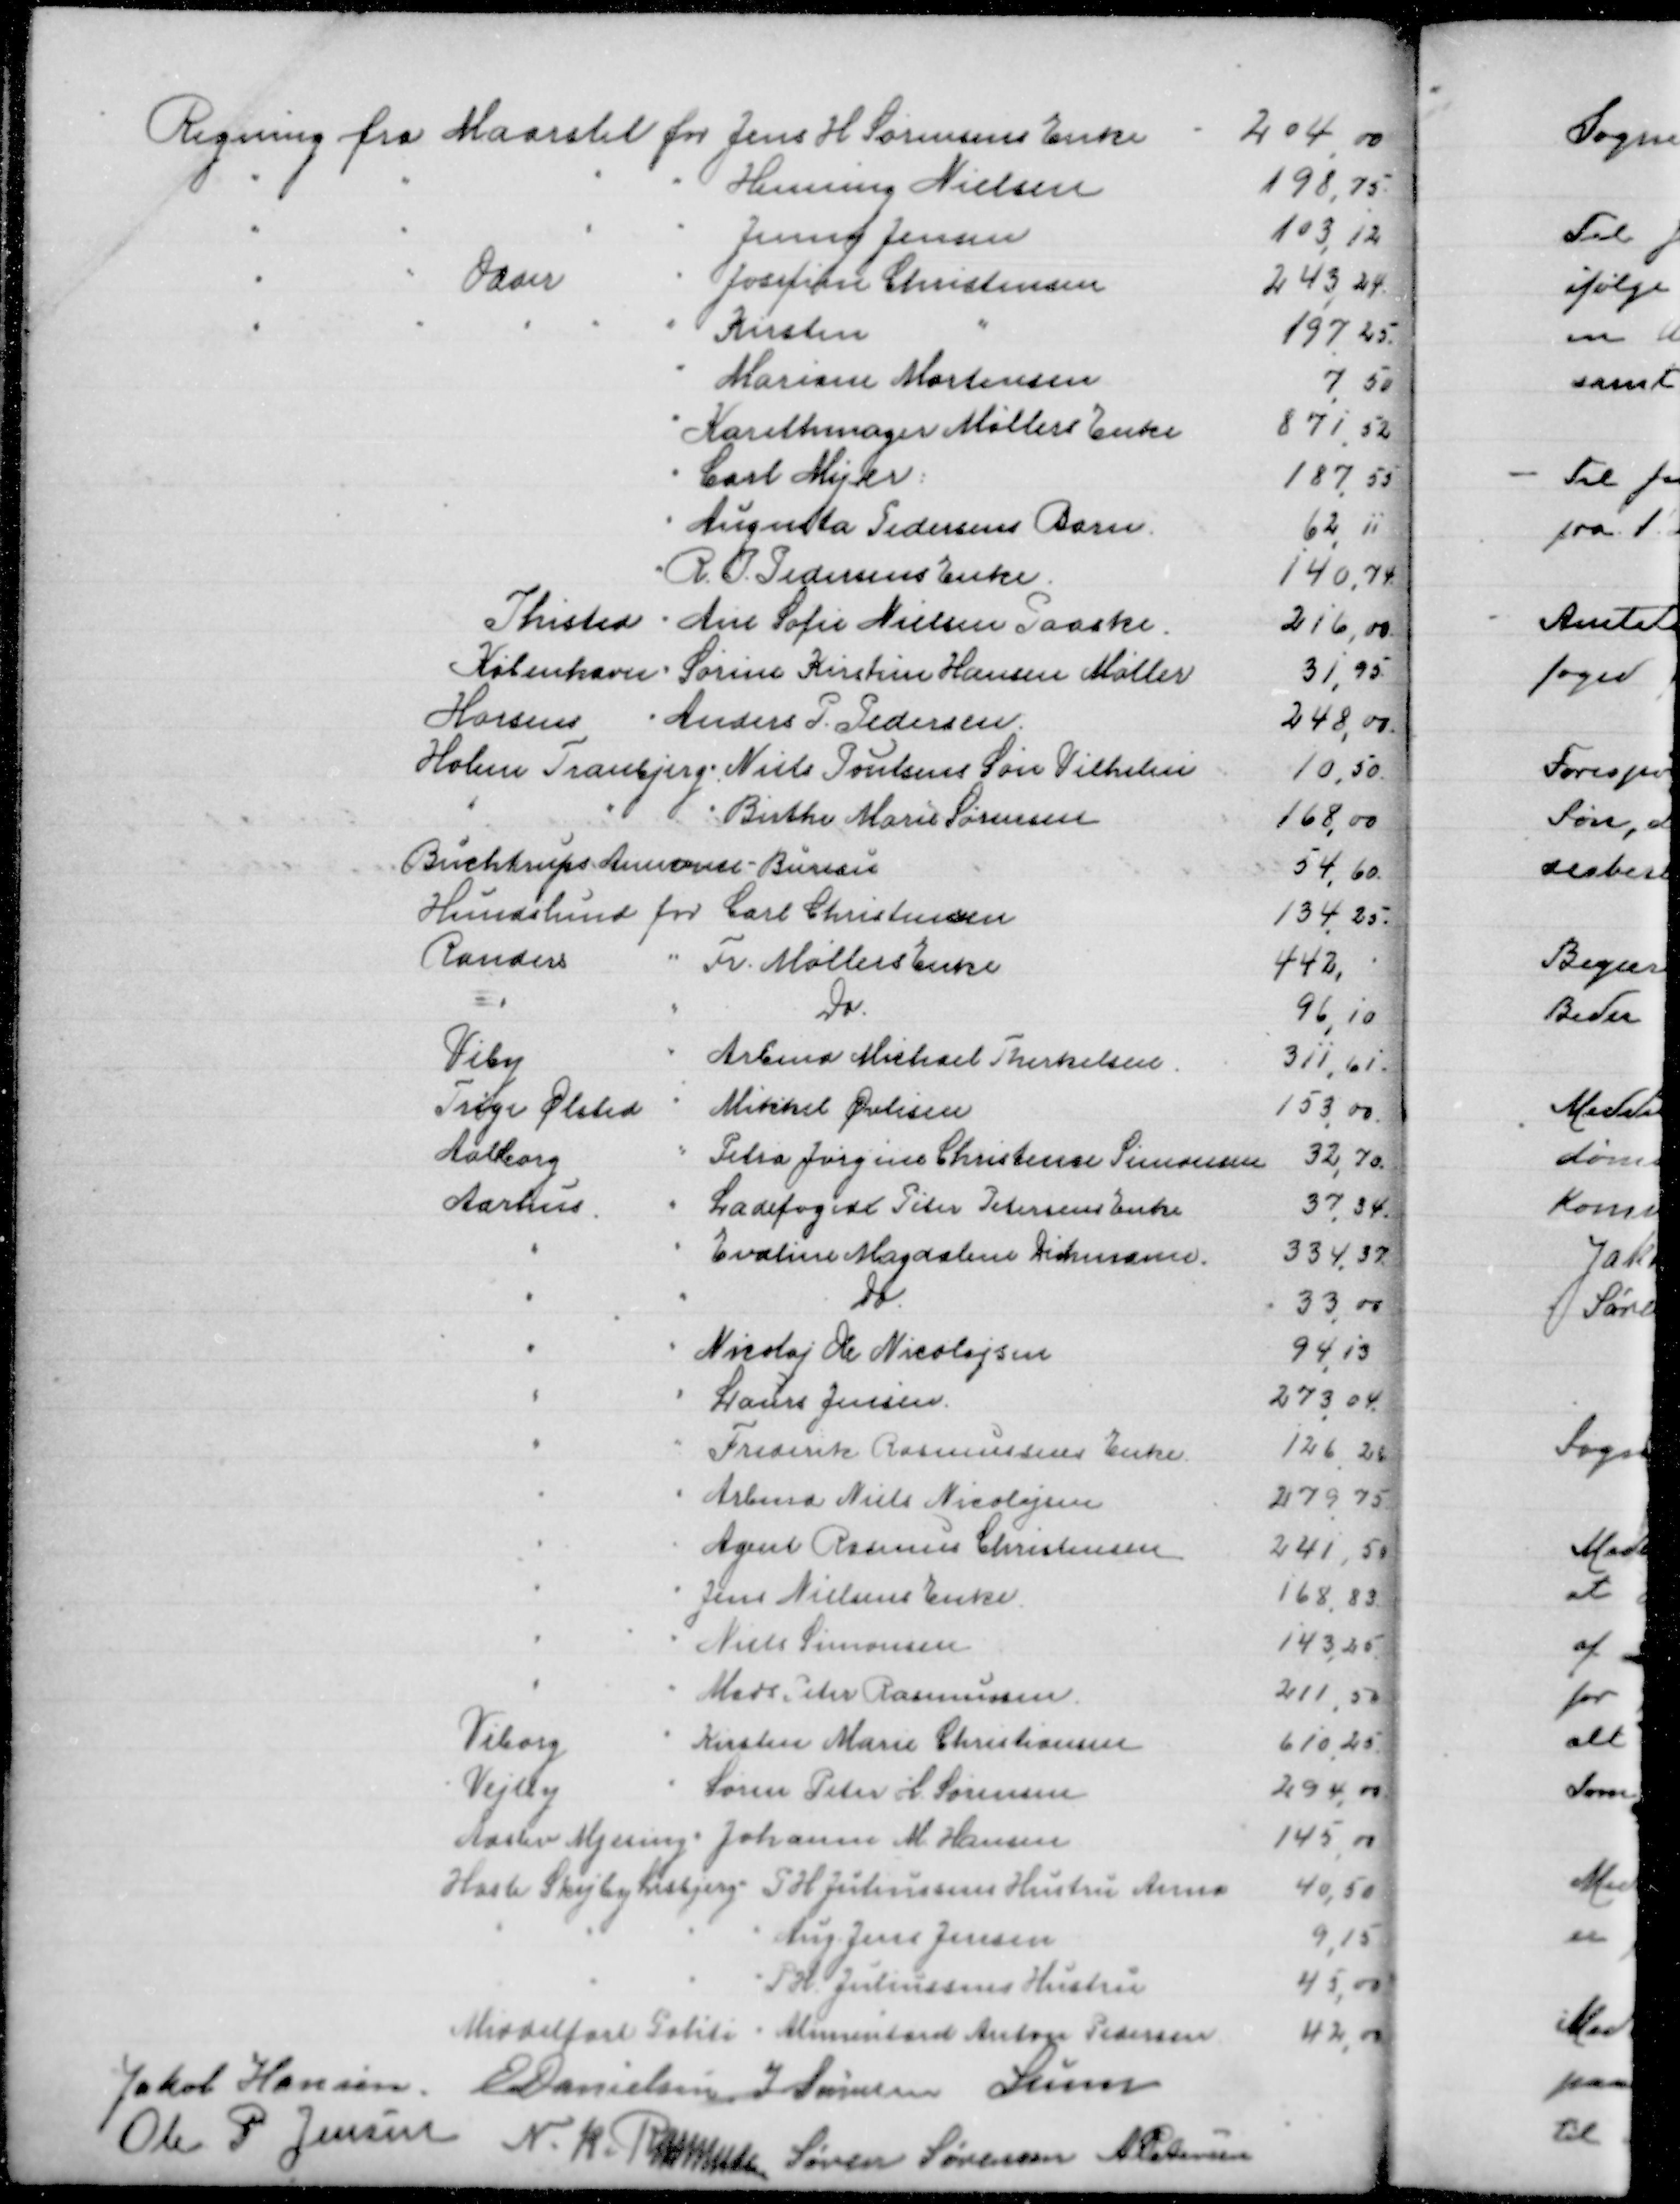
Transskription:
Jakob Hansen
E Danielsen
J Sørensen
Lunn
Ole P Jensen
N. K. Rasmussen
Søren Sørensen
A Petersen